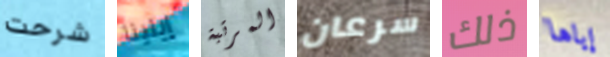
شرحت إيلينا المرتبة سرعان ذلك إياها